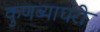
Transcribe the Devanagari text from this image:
कुणब्याघरी